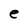
Character: e